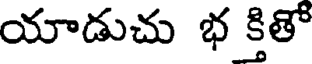
యాడుచు భ క్తితో